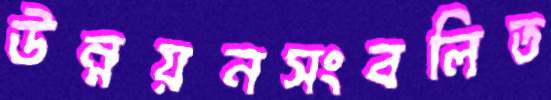
উন্নয়নসংবলিত